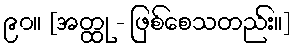
၉၀။ [အတ္ထု - ဖြစ်စေသတည်း။]